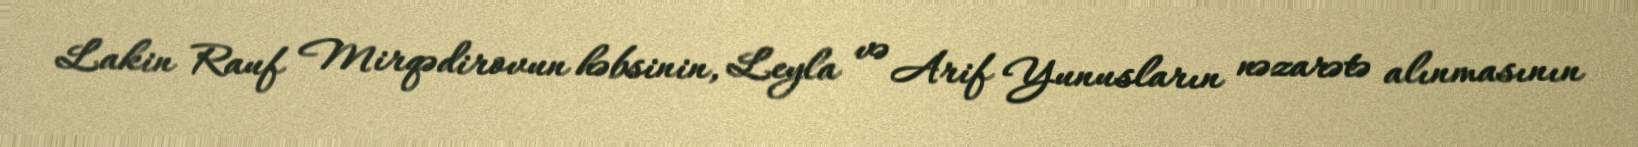
Lakin Rauf Mirqədirovun həbsinin, Leyla və Arif Yunusların nəzarətə alınmasının